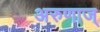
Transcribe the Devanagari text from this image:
अरुणाज्